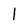
Character: l